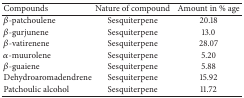
<table><thead><tr><td><b>Compounds</b></td><td><b>Nature of compound</b></td><td><b>Amount in % age</b></td></tr></thead><tbody><tr><td><i>β</i>-patchoulene</td><td>Sesquiterpene</td><td>20.18</td></tr><tr><td><i>β</i>-gurjunene</td><td>Sesquiterpene</td><td>13.0</td></tr><tr><td><i>β</i>-vatirenene</td><td>Sesquiterpene</td><td>28.07</td></tr><tr><td><i>α</i>-muurolene</td><td>Sesquiterpene</td><td>5.20</td></tr><tr><td><i>β</i>-guaiene</td><td>Sesquiterpene</td><td>5.88</td></tr><tr><td>Dehydroaromadendrene</td><td>Sesquiterpene</td><td>15.92</td></tr><tr><td>Patchoulic alcohol</td><td>Sesquiterpene</td><td>11.72</td></tr></tbody></table>